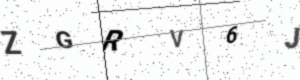
Text: ZGRV6J